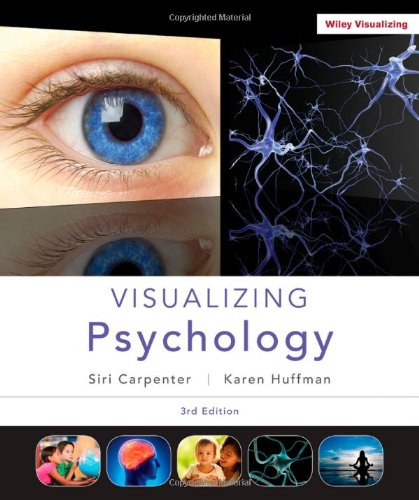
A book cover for Visualizing Psychology; Siri Carpenter; Medical Books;